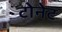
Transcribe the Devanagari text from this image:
टोनेट